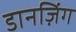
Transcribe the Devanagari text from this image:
डानज़िंग